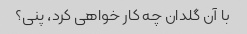
با آن گلدان چه کار خواهی کرد، پنی؟